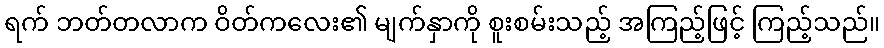
ရက် ဘတ်တလာက ဝိတ်ကလေး၏ မျက်နှာကို စူးစမ်းသည့် အကြည့်ဖြင့် ကြည့်သည်။